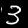
Digit: 3